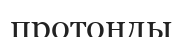
протонды